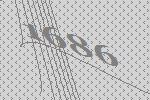
1686